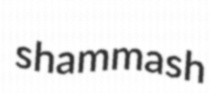
shammash